Bombay plague: being a history of the progress of plague in the Bombay presidency from September 1896 to June 1899
Year: 1896
Disease focus: Plague
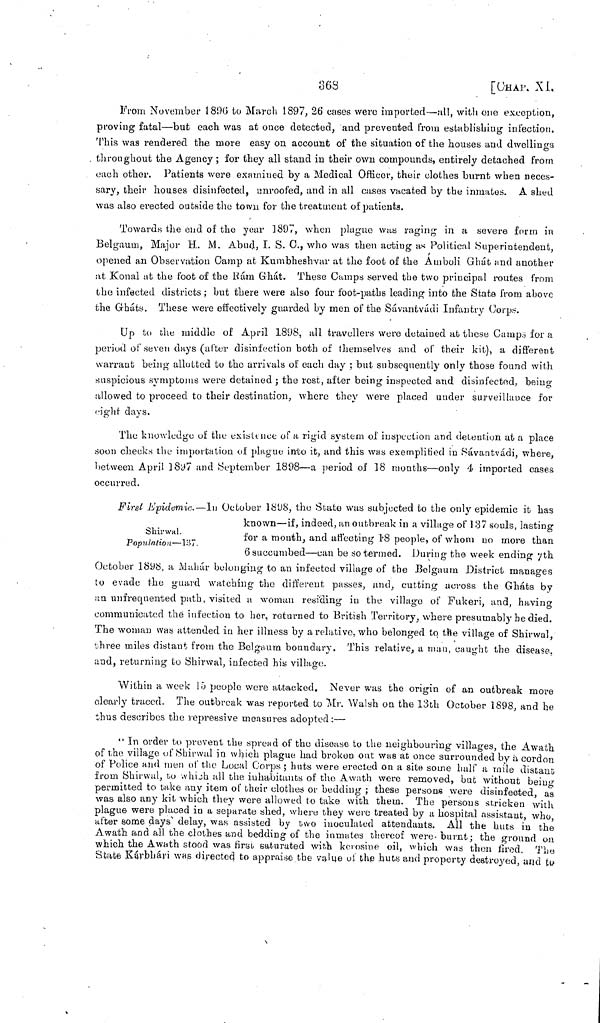
86S
[CHAP.
XI.
From November 1896 to March 1897, 26 cases were imported—all, with one exception,
proving fatal—but each was at once detected, and prevented from establishing infection.
This was rendered the more easy on account of the situation of the houses and dwellings
throughout the Agency; for they all stand in their own compounds, entirely detached from
each other. Patients were examined by a Medical Officer, their clothes burnt when neces-
sary, their houses disinfected, unroofed, and in all cases vacated by the inmates. A shed
was also erected outside the town for the treatment of patients.
Towards the end of the year 1897, when plague was raging in a severe form in
Belgaum, Major H. M. Abud, I. S. C., who was then acting as Political Superintendent,
opened an Observation Camp at Kumbheshvar at the foot of the Amboli Ghát and another
at Konal at the foot of the Rám Ghát. These Camps served the two principal routes from
the infected districts ; but there were also four foot-paths leading into the State from above
the Ghats. These were effectively guarded by men of the Sávantvádi Infantry Corps.
Up to the middle of April 1898, all travellers were detained at these Camps for a
period of seven days (after disinfection both of themselves and of their kit), a different
warrant being allotted to the arrivals of each day ; but subsequently only those found with
suspicious symptoms were detained ; the rest, after being inspected and disinfected, being
allowed to proceed to their destination, where they were placed under surveillance for
eight days.
The knowledge of the existence of a rigid system of inspection and detention at a place
soon checks the importation of plague into it, and this was exemplified in Sávantvádi, where,
between April 1897 and September 1898—a period of 18 months—only 4 imported cases
occurred.
Shirwal.
Population—137.
First Epidemic.—In October 1898, the State was subjected to the only epidemic it has
known—if, indeed, an outbreak in a village of 137 souls, lasting
for a month, and affecting 1 8 people, of whom no more than
6 succumbed—can be so termed. During the week ending 7th
October 1898, a Mahár belonging to an infected village of the Belgaum District manages
to evade the guard watching the different passes, and, cutting across the Gháts by
an unfrequented path, visited a woman residing in the village of Fukeri, and, having
communicated the infection to her, returned to British Territory, where presumably he died.
The woman was attended in her illness by a relative, who belonged to the village of Shirwal,
three miles distant from the Belgaum boundary. This relative, a man, caught the disease,
and, returning to Shirwal, infected his village.
Within a week 13 people were attacked. Never was the origin of an outbreak more
clearly traced. The outbreak was reported to Mr. Walsh on the 13th October 1898, and be
thus describes the repressive measures adopted:—
" In order to prevent the spread of the disease to the neighbouring villages, the Awath,
of the village of Shirwal in which plague had broken out was at once surrounded by a cordon
of Police find men of the Local Corps ; huts were erected on a site some half a mile distant
from Shirwal, to which all the inhabitants of the A wath were removed, but without being
permitted to take any item of their clothes or bedding ; these persons were disinfected, as
was also any kit which they were allowed to take with them. The persons stricken with
plague were placed in a separate shed, where they were treated by a hospital assistant, who,
after some days' delay, was assisted by two inoculated attendants. All the huts in the
Awath and all the clothes and bedding of the inmates thereof were burnt; the ground on
which the Awath stood was first saturated with kerosine oil, which was then fired. The
State Kárbhári was directed to appraise the value of the huts and property destroyed, and to